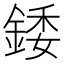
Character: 錗